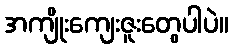
အကျိုးကျေးဇူးတွေပါပဲ။